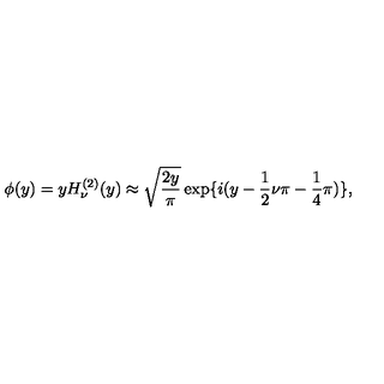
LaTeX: \phi ( y ) = y H _ { \nu } ^ { ( 2 ) } ( y ) \approx \sqrt { \frac { 2 y } { \pi } } \exp \lbrace i ( y - \frac { 1 } { 2 } \nu \pi - \frac { 1 } { 4 } \pi ) \rbrace ,